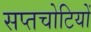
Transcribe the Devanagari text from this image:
सप्तचोटियों